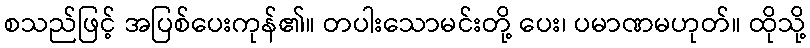
စသည်ဖြင့် အပြစ်ပေးကုန်၏။ တပါးသောမင်းတို့ ပေး၊ ပမာဏမဟုတ်။ ထိုသို့